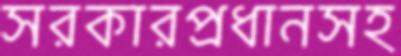
সরকারপ্রধানসহ